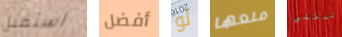
استقبل أفضل لو منعها تدخلي